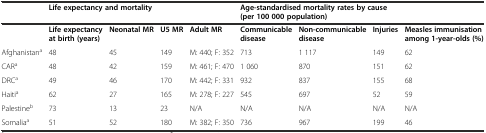
<table><thead><tr><td></td><td colspan="4"><b>Life expectancy and mortality</b></td><td colspan="3"><b>Age-standardised mortality rates by cause (per 100 000 population)</b></td><td></td></tr></thead><tbody><tr><td></td><td><b>Life expectancy at birth (years)</b></td><td><b>Neonatal MR</b></td><td><b>U5 MR</b></td><td><b>Adult MR</b></td><td><b>Communicable disease</b></td><td><b>Non-communicable disease</b></td><td><b>Injuries</b></td><td><b>Measles immunisation among 1-year-olds (%)</b></td></tr><tr><td>Afghanistan<sup>a</sup></td><td>48</td><td>45</td><td>149</td><td>M: 440; F: 352</td><td>713</td><td>1 117</td><td>149</td><td>62</td></tr><tr><td>CAR<sup>a</sup></td><td>48</td><td>42</td><td>159</td><td>M: 461; F: 470</td><td>1 060</td><td>870</td><td>151</td><td>62</td></tr><tr><td>DRC<sup>a</sup></td><td>49</td><td>46</td><td>170</td><td>M: 442; F: 331</td><td>932</td><td>837</td><td>155</td><td>68</td></tr><tr><td>Haiti<sup>a</sup></td><td>62</td><td>27</td><td>165</td><td>M: 278; F: 227</td><td>545</td><td>697</td><td>52</td><td>59</td></tr><tr><td>Palestine<sup>b</sup></td><td>73</td><td>13</td><td>23</td><td>N/A</td><td>N/A</td><td>N/A</td><td>N/A</td><td>N/A</td></tr><tr><td>Somalia<sup>a</sup></td><td>51</td><td>52</td><td>180</td><td>M: 382; F: 350</td><td>736</td><td>967</td><td>199</td><td>46</td></tr></tbody></table>